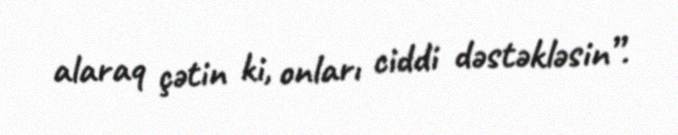
alaraq çətin ki, onları ciddi dəstəkləsin”.